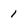
Character: 1